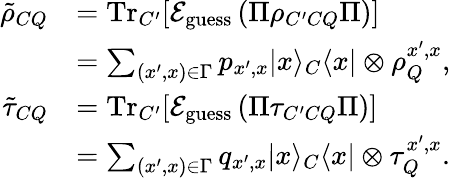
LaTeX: \begin{array}{rl}{\tilde{\rho}_{CQ}}&{=\mathrm{Tr}_{C^{\prime}}[\mathcal{E}_{\mathrm{guess}}\left(\Pi\rho_{C^{\prime}CQ}\Pi\right)]}\\ &{=\sum_{(x^{\prime},x)\in\Gamma}p_{x^{\prime},x}|x\rangle_{C}\langle x|\otimes\rho_{Q}^{x^{\prime},x},}\\ {\tilde{\tau}_{CQ}}&{=\mathrm{Tr}_{C^{\prime}}[\mathcal{E}_{\mathrm{guess}}\left(\Pi\tau_{C^{\prime}CQ}\Pi\right)]}\\ &{=\sum_{(x^{\prime},x)\in\Gamma}q_{x^{\prime},x}|x\rangle_{C}\langle x|\otimes\tau_{Q}^{x^{\prime},x}.}\end{array}